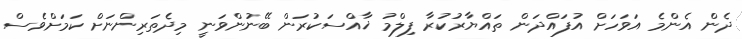
ދެން އެންމެ އަވަހަށް އުފައްދަން ތައްޔާރުކުރާ ފިލްމު ޚާއްސަކުރަން ބޭނުންވަނީ މިދެތަރިންނަށް ކަމަށްވެސް